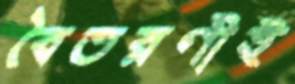
বৈতরণীই